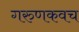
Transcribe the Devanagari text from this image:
गरुणकवच